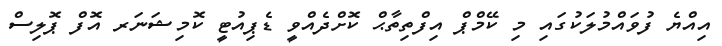
އިއްޔެ ފުވައްމުލަކުގައި މި ކޭމްޕް އިފްތިތާޙް ކޮށްދެއްވީ ޑެޕިއުޓީ ކޮމިޝަނަރ އޮފް ޕޮލިސް